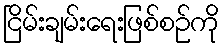
ငြိမ်းချမ်းရေးဖြစ်စဉ်ကို